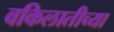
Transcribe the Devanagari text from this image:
वकिलातीच्या